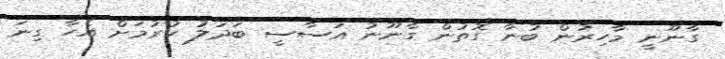
ގާނޫނީ މާހިރުން ބުނާ ގޮތުން ގާނޫނު އަސާސީ ބަދަލު ކުރުމަށް އެހާ ގިނަ